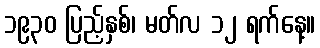
၁၉၃၀ ပြည့်နှစ်၊ မတ်လ ၁၂ ရက်နေ့။